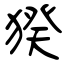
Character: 猤